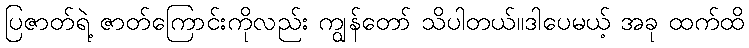
ပြဇာတ်ရဲ့ ဇာတ်ကြောင်းကိုလည်း ကျွန်တော် သိပါတယ်။ဒါပေမယ့် အခု ထက်ထိ